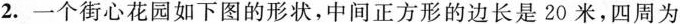
2.一个街心花园如下图的形状，中间正方形的边长是20米，四周为